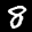
Label: 8